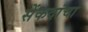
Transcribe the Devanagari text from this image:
सेंकदांचा